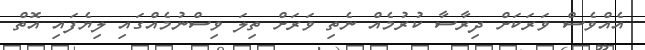
އެއްވެސް ވަރަކަށް ދިރާސާ ކުރުމެއް ނެތި ވަރަށް ތިލަ ވިސްނުމެއްގައި ލިޔެފައި އޮތް